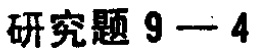
研究题 9—4